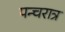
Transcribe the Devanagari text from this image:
पन्चरात्र